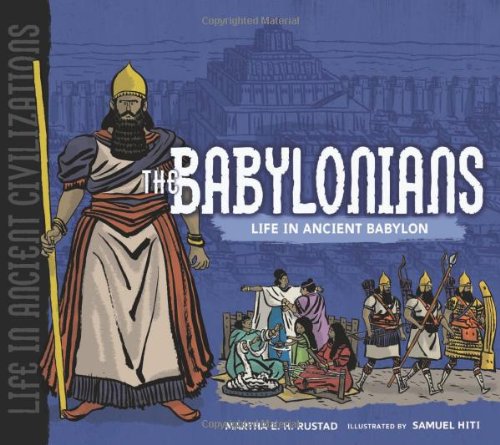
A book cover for The Babylonians: Life in Ancient Babylon (Life in Ancient Civilizations); Martha E. H. Rustad; Children's Books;